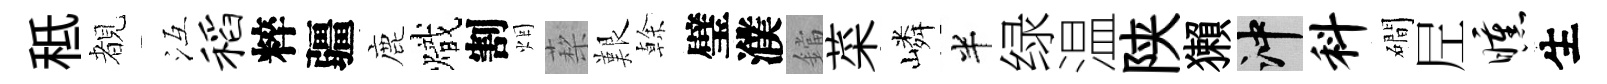
秪覩冱稻粹疆鹿熾割烟蔾艱𠏉璧濮鐺菜嶙半绿温陕獺冲料磵𡰱曛生